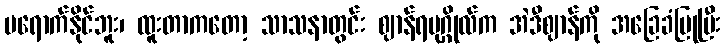
မရောက်နိုင်ဘူး၊ ထူးတာကတော့ သာသနာတွင်း ဈာန်ရပုဂ္ဂိုလ်က အဲဒီဈာန်ကို အခြေခံပြုပြီး